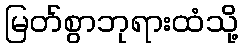
မြတ်စွာဘုရားထံသို့